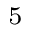
_ 5